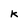
Character: k